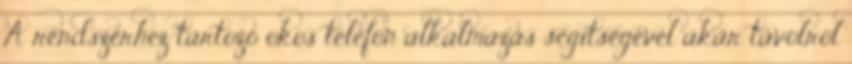
A rendszerhez tartozó okos telefon alkalmazás segítségével akár távolról